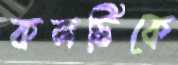
কলটিকে